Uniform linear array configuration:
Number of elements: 4
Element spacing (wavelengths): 0.75
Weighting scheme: hann
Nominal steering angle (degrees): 0
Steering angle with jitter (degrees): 1.732
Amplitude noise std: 0.05
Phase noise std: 0.05

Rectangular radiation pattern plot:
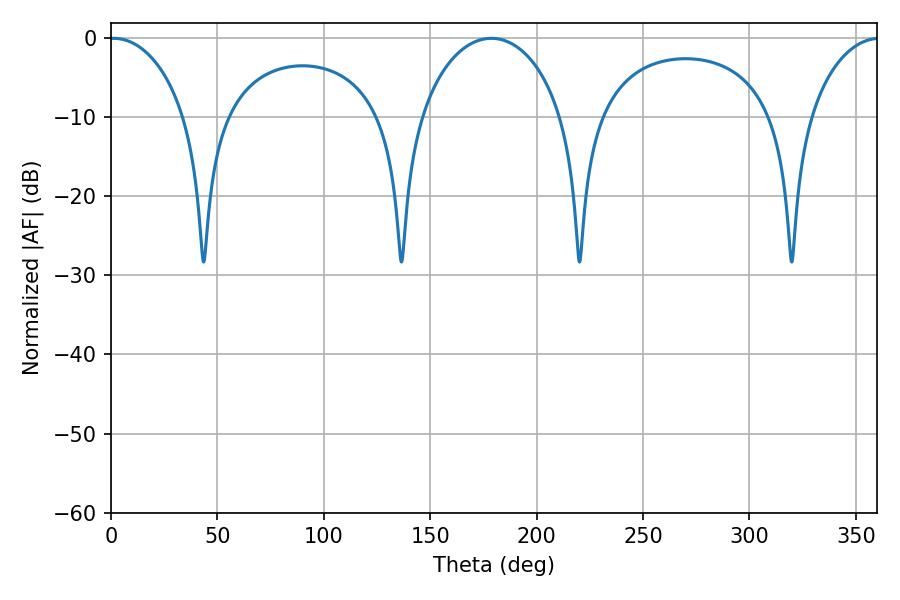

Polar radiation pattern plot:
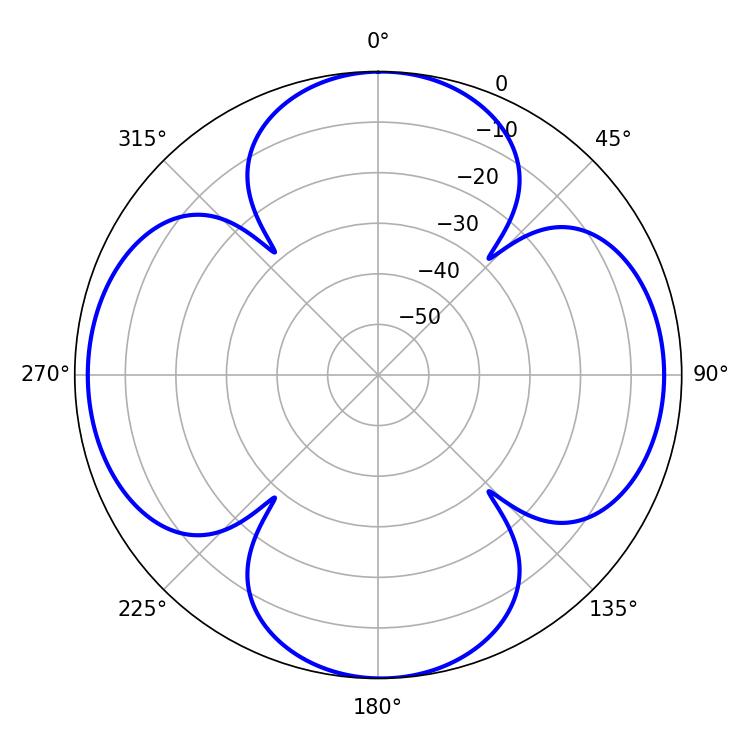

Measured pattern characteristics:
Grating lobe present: TRUE
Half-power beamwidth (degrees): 20.7
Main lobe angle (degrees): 1.26